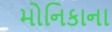
મોનિકાના